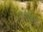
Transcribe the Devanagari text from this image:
कालश्च